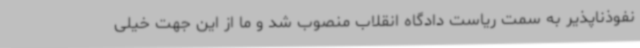
نفوذناپذیر به سمت ریاست دادگاه انقلاب منصوب شد و ما از این جهت خیلی